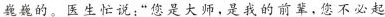
巍巍的。医生忙说：“您是大师，是我的前辈，您不必起